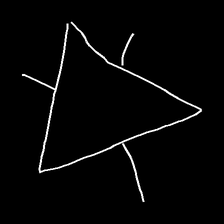
Glyph: fire